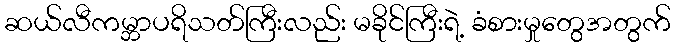
ဆယ်လီကမ္ဘာပရိသတ်ကြီးလည်း မခိုင်ကြီးရဲ့ ခံစားမှုတွေအတွက်